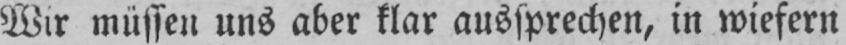
Wir müssen uns aber klar aussprechen, in wiefern